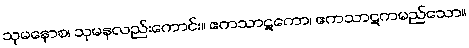
သုမနောစ၊ သုမနလည်းကောင်း။ ဧကသာဋကော၊ ဧကသာဋကမည်သော။